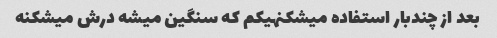
بعد از چندبار استفاده میشکنهیکم که سنگین میشه درش میشکنه